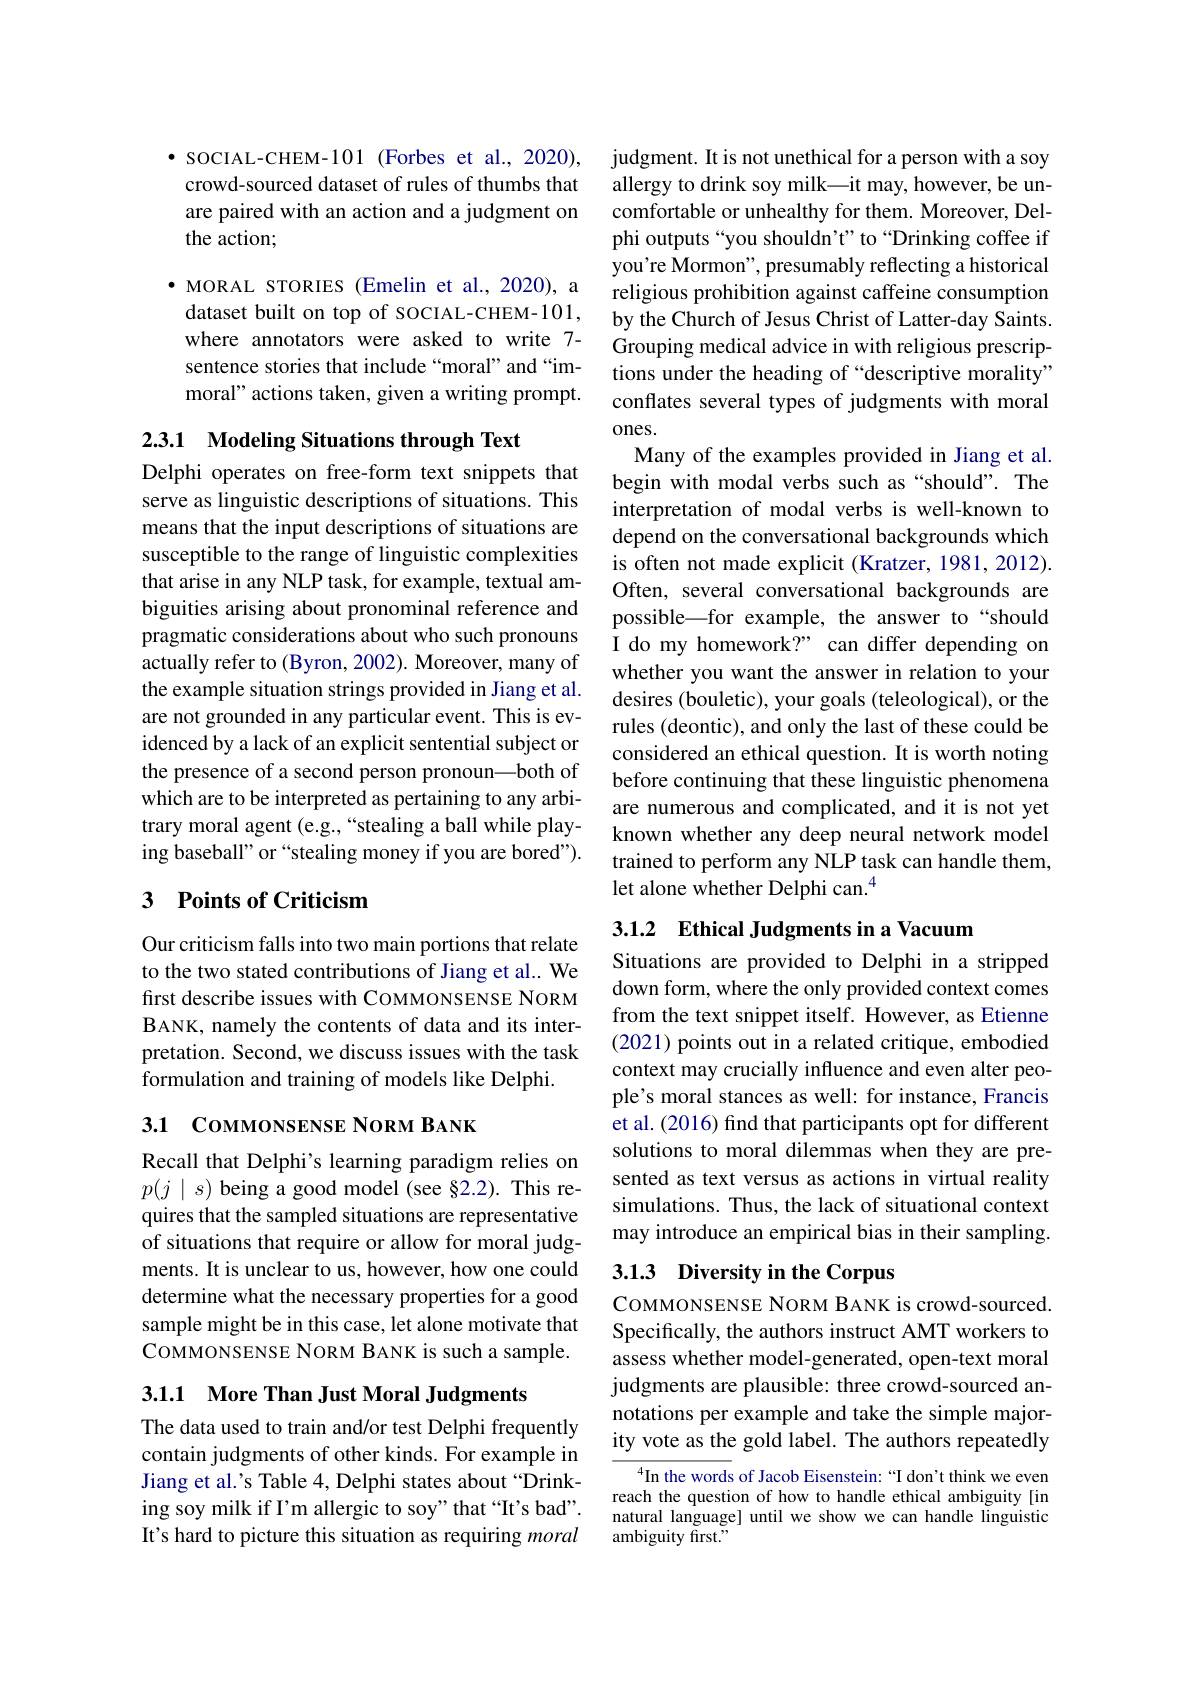
$\bullet$ SOCIAL-CHEM-101 (Forbes et al., 2020), crowd-sourced dataset of rules of thumbs that are paired with an action and a judgment on the action;

$\bullet$ MORAL STORIES (Emelin et al.,2020), a dataset built on top of SOCIAL-CHEM-101, where annotators were asked to write 7- sentence stories that include “moral” and “immoral" actions taken, given a writing prompt.

2.3.1 Modeling Situations through Text

Delphi operates on free-form text snippets that serve as linguistic descriptions of situations. This means that the input descriptions of situations are susceptible to the range of linguistic complexities that arise in any NLP task, for example, textual ambiguities arising about pronominal reference and pragmatic considerations about who such pronouns actually refer to (Byron, 2002). Moreover, many of the example situation strings provided in Jiang et al. are not grounded in any particular event. This is evidenced by a lack of an explicit sentential subject or the presence of a second person pronoun—both of which are to be interpreted as pertaining to any arbitrary moral agent (e.g.,“stealing a ball while playing baseball" or “stealing money if you are bored").

## 3 Points of Criticism

Our criticism falls into two main portions that relate to the two stated contributions of Jiang et al.. We first describe issues with COMMONSENSE NORM BANK, namely the contents of data and its interpretation. Second, we discuss issues with the task formulation and training of models like Delphi.

3.1 Coммохземзе Noкм Вахк

Recall that Delphi's learning paradigm relies on $p(j\mid s)$ being a good model (see §2.2). This requires that the sampled situations are representative of situations that require or allow for moral judgments. It is unclear to us, however, how one could determine what the necessary properties for a good sample might be in this case, let alone motivate that COMMONSENSE NORM BANK is such a sample.

3.1.1 $\textbf{More Than Just Moral Judgments}$

The data used to train and/or test Delphi frequently contain judgments of other kinds. For example in Jiang et al.'s Table 4, Delphi states about “Drinking soy milk if I'm allergic to soy" that “It’s bad”. It's hard to picture this situation as requiring moral

judgment. It is not unethical for a person with a soy allergy to drink soy milk\_it may, however, be uncomfortable or unhealthy for them. Moreover, Delphi outputs“you shouldn’t” to“Drinking coffee if you're Mormon", presumably reflecting a historical religious prohibition against caffeine consumption by the Church of Jesus Christ of Latter-day Saints. Grouping medical advice in with religious prescriptions under the heading of “descriptive morality” conflates several types of judgments with moral $0nes.$
Many of the examples provided in Jiang et al. begin with modal verbs such as“should”. The interpretation of modal verbs is well-known to depend on the conversational backgrounds which is often not made explicit (Kratzer, 1981, 2012). Often, several conversational backgrounds are possible\_for example, the answer to“should I do my homework?" can differ depending on whether you want the answer in relation to your desires (bouletic), your goals (teleological), or the rules (deontic), and only the last of these could be considered an ethical question. It is worth noting before continuing that these linguistic phenomena are numerous and complicated, and it is not yet known whether any deep neural network model trained to perform any NLP task can handle them, let alone whether Delphi can.$^{4}$

## 3.1.2 Ethical Judgments in a Vacuum

Situations are provided to Delphi in a stripped down form, where the only provided context comes from the text snippet itself. However, as Etienne (2021) points out in a related critique, embodied context may crucially influence and even alter people's moral stances as well: for instance, Francis et al. (2016) find that participants opt for different solutions to moral dilemmas when they are presented as text versus as actions in virtual reality simulations. Thus, the lack of situational context may introduce an empirical bias in their sampling.

## 3.1.3 Diversity in the Corpus

COMMONSENSE NORM BANK is crowd-sourced. Specifically, the authors instruct AMT workers to assess whether model-generated, open-text moral judgments are plausible: three crowd-sourced annotations per example and take the simple majority vote as the gold label. The authors repeatedly

$^4$In the words of Jacob Eisenstein:“I don't think we even reach the question of how to handle ethical ambiguity [in natural language] until we show we can handle linguistic ambiguity first."